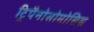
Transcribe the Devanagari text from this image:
ट्रिपैनोसोमोसिस